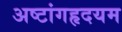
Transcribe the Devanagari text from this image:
अष्टांगहृदयम